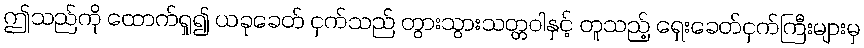
ဤသည်ကို ထောက်ရှု၍ ယခုခေတ် ငှက်သည် တွားသွားသတ္တဝါနှင့် တူသည့် ရှေးခေတ်ငှက်ကြီးများမှ